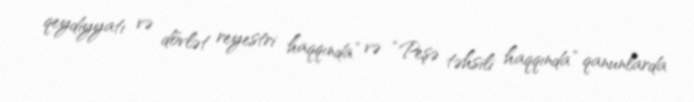
qeydiyyatı və dövlət reyestri haqqında” və “Peşə təhsili haqqında” qanunlarda